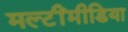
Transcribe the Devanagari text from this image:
मल्टींमीडिया